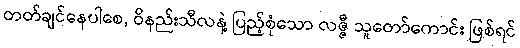
တတ်ချင်နေပါစေ, ဝိနည်းသီလနဲ့ ပြည့်စုံသော လဇ္ဇီ သူတော်ကောင်း ဖြစ်ရင်